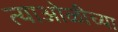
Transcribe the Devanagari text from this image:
त्याओळीच्या